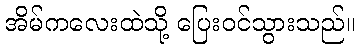
အိမ်ကလေးထဲသို့ ပြေးဝင်သွားသည်။